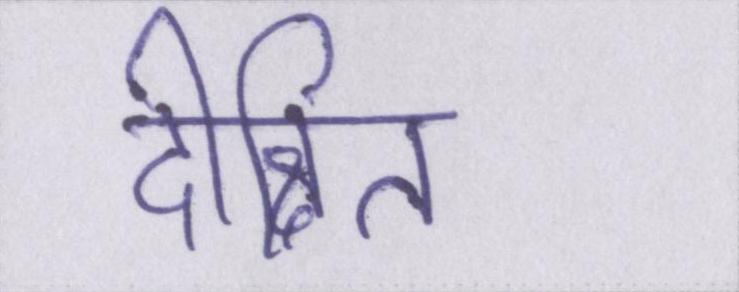
दीक्षित